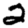
Digit: 2